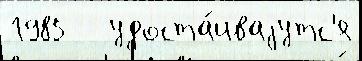
1985   удоста́иваjутс'я